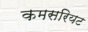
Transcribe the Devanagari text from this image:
कमसरियट